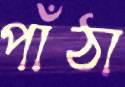
পাঁঠা